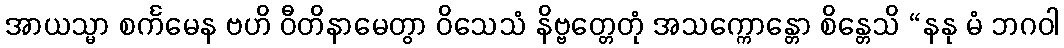
အာယသ္မာ စင်္ကမေန ဗဟိ ဝီတိနာမေတွာ ဝိသေသံ နိဗ္ဗတ္တေတုံ အသက္ကောန္တော စိန္တေသိ “နနု မံ ဘဂဝါ